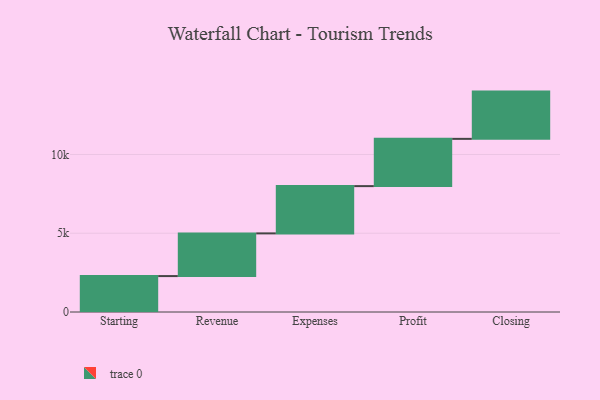
{"axis": {"x": "Step", "y": "Value"}, "legend": [""], "data": [{"x": "Starting", "y": 2280.0, "type": ""}, {"x": "Revenue", "y": 2710.0, "type": ""}, {"x": "Expenses", "y": 3000, "type": ""}, {"x": "Profit", "y": 3000, "type": ""}, {"x": "Closing", "y": 3000, "type": ""}]}